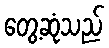
တွေ့ဆုံသည်